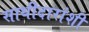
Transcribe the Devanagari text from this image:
साथीदारांशी